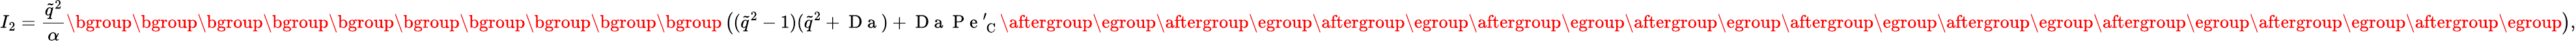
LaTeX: I_{2}=\frac{\tilde{q}^{2}}{\alpha}\mathopen{}\mathclose\bgroup\mathopen{}\mathclose\bgroup\mathopen{}\mathclose\bgroup\mathopen{}\mathclose\bgroup\mathopen{}\mathclose\bgroup\mathopen{}\mathclose\bgroup\mathopen{}\mathclose\bgroup\mathopen{}\mathclose\bgroup\mathopen{}\mathclose\bgroup\mathopen{}\mathclose\bgroup\left((\tilde{q}^{2}-1)(\tilde{q}^{2}+\mathrm{~D~a~})+\mathrm{~D~a~}\mathrm{~P~e~}_{\mathrm{~C~}}^{\prime}\aftergroup\egroup\aftergroup\egroup\aftergroup\egroup\aftergroup\egroup\aftergroup\egroup\aftergroup\egroup\aftergroup\egroup\aftergroup\egroup\aftergroup\egroup\aftergroup\egroup\right),